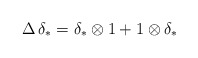
\begin{align*}\Delta \, \delta_* = \delta_* \otimes 1 + 1 \otimes \delta_* \end{align*}